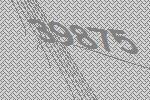
39875